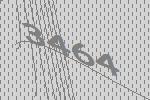
3464